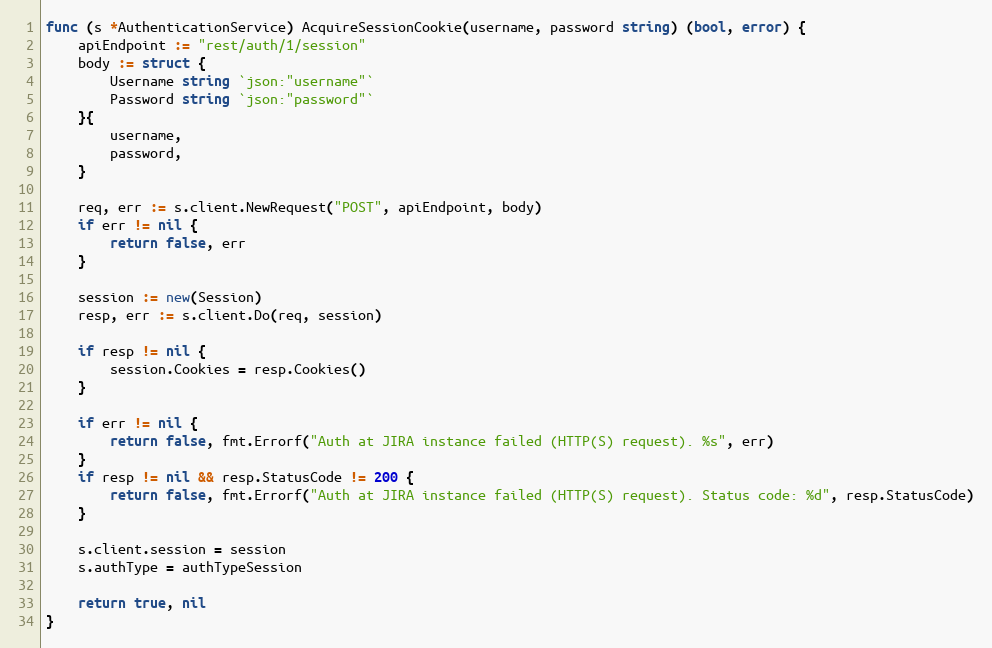
Language: Go
func (s *AuthenticationService) AcquireSessionCookie(username, password string) (bool, error) {
	apiEndpoint := "rest/auth/1/session"
	body := struct {
		Username string `json:"username"`
		Password string `json:"password"`
	}{
		username,
		password,
	}

	req, err := s.client.NewRequest("POST", apiEndpoint, body)
	if err != nil {
		return false, err
	}

	session := new(Session)
	resp, err := s.client.Do(req, session)

	if resp != nil {
		session.Cookies = resp.Cookies()
	}

	if err != nil {
		return false, fmt.Errorf("Auth at JIRA instance failed (HTTP(S) request). %s", err)
	}
	if resp != nil && resp.StatusCode != 200 {
		return false, fmt.Errorf("Auth at JIRA instance failed (HTTP(S) request). Status code: %d", resp.StatusCode)
	}

	s.client.session = session
	s.authType = authTypeSession

	return true, nil
}